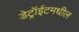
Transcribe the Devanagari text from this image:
डेट्रॉईटमधील